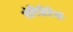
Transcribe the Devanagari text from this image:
सेलिब्रिटियों